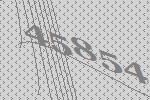
45854